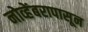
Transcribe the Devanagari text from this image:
नोव्हेंबरापासून